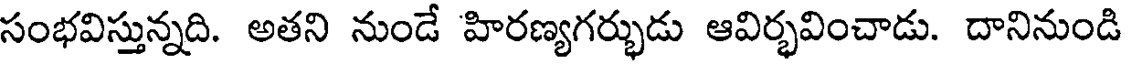
సంభవిస్తున్నది. అతని నుండే హిరణ్యగర్భుడు ఆవిర్భవించాడు. దానినుండి